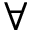
\forall